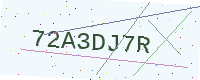
Text: 72A3DJ7R